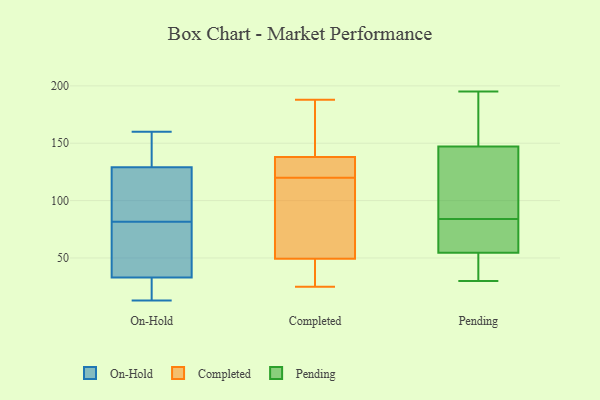
{"axis": {"x": "Waste Production (Tons)", "y": "Value"}, "legend": ["Completed", "On-Hold", "Pending"], "data": [{"x": "", "y": 53, "type": "On-Hold"}, {"x": "", "y": 122, "type": "On-Hold"}, {"x": "", "y": 33, "type": "On-Hold"}, {"x": "", "y": 70, "type": "On-Hold"}, {"x": "", "y": 160, "type": "On-Hold"}, {"x": "", "y": 35, "type": "On-Hold"}, {"x": "", "y": 28, "type": "On-Hold"}, {"x": "", "y": 93, "type": "On-Hold"}, {"x": "", "y": 157, "type": "On-Hold"}, {"x": "", "y": 13, "type": "On-Hold"}, {"x": "", "y": 129, "type": "On-Hold"}, {"x": "", "y": 33, "type": "On-Hold"}, {"x": "", "y": 146, "type": "On-Hold"}, {"x": "", "y": 100, "type": "On-Hold"}, {"x": "", "y": 186, "type": "Completed"}, {"x": "", "y": 52, "type": "Completed"}, {"x": "", "y": 122, "type": "Completed"}, {"x": "", "y": 153, "type": "Completed"}, {"x": "", "y": 25, "type": "Completed"}, {"x": "", "y": 133, "type": "Completed"}, {"x": "", "y": 58, "type": "Completed"}, {"x": "", "y": 41, "type": "Completed"}, {"x": "", "y": 124, "type": "Completed"}, {"x": "", "y": 120, "type": "Completed"}, {"x": "", "y": 188, "type": "Completed"}, {"x": "", "y": 94, "type": "Completed"}, {"x": "", "y": 36, "type": "Completed"}, {"x": "", "y": 63, "type": "Pending"}, {"x": "", "y": 150, "type": "Pending"}, {"x": "", "y": 84, "type": "Pending"}, {"x": "", "y": 159, "type": "Pending"}, {"x": "", "y": 61, "type": "Pending"}, {"x": "", "y": 189, "type": "Pending"}, {"x": "", "y": 158, "type": "Pending"}, {"x": "", "y": 43, "type": "Pending"}, {"x": "", "y": 138, "type": "Pending"}, {"x": "", "y": 33, "type": "Pending"}, {"x": "", "y": 114, "type": "Pending"}, {"x": "", "y": 78, "type": "Pending"}, {"x": "", "y": 195, "type": "Pending"}, {"x": "", "y": 30, "type": "Pending"}, {"x": "", "y": 43, "type": "Pending"}, {"x": "", "y": 98, "type": "Pending"}, {"x": "", "y": 139, "type": "Pending"}, {"x": "", "y": 54, "type": "Pending"}, {"x": "", "y": 56, "type": "Pending"}]}